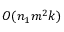
O ( n _ { 1 } m ^ { 2 } k )